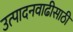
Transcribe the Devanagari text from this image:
उत्पादनवाढीसाठी